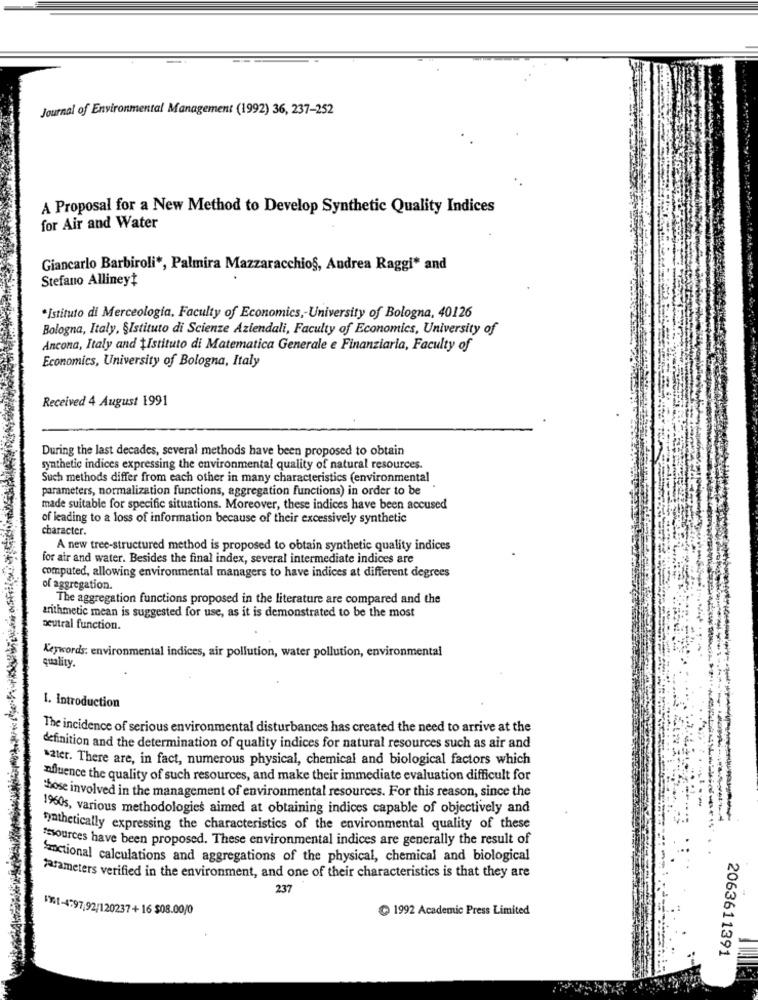
Journal of Environmental Management (1992) 36, 237-252
A Proposal for a New Method to Develop Synthetic Quality Indices
for Air and Water
Giancarlo Barbiroli *, Palmira Mazzaracchio§, Andrea Raggi" and
Stefano Allineyt
*Istituto di Merceologia, Faculty of Economics ,- University of Bologna, 40126
Bologna, Italy, §Istituto di Scienze Aziendali, Faculty of Economics, University of
Ancona, Italy and ¿Istituto di Matematica Generale e Finanziaria, Faculty of
Economics, University of Bologna, Italy
Received 4 August 1991
During the last decades, several methods have been proposed to obtain
synthetic indices expressing the environmental quality of natural resources.
Such methods differ from each other in many characteristics (environmental
parameters, normalization functions, aggregation functions) in order to be
made suitable for specific situations. Moreover, these indices have been accused
of leading to a loss of information because of their excessively synthetic
character.
A new tree-structured method is proposed to obtain synthetic quality indices
for air and water. Besides the final index, several intermediate indices are
computed, allowing environmental managers to have indices at different degrees
of aggregation.
The aggregation functions proposed in the literature are compared and the
arithmetic mean is suggested for use, as it is demonstrated to be the most
neutral function.
Keywords: environmental indices, air pollution, water pollution, environmental
quality.
1. Introduction
The incidence of serious environmental disturbances has created the need to arrive at the
definition and the determination of quality indices for natural resources such as air and
water. There are, in fact, numerous physical, chemical and biological factors which
nfluence the quality of such resources, and make their immediate evaluation difficult for
those involved in the management of environmental resources. For this reason, since the
1960s, various methodologies aimed at obtaining indices capable of objectively and
synthetically expressing the characteristics of the environmental quality of these
"sources have been proposed. These environmental indices are generally the result of
Szoctional calculations and aggregations of the physical, chemical and biological
parameters verified in the environment, and one of their characteristics is that they are
237
11-4797,92/120237+16 $08.00/0
1992 Academic Press Limited
2063611391